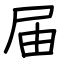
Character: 届